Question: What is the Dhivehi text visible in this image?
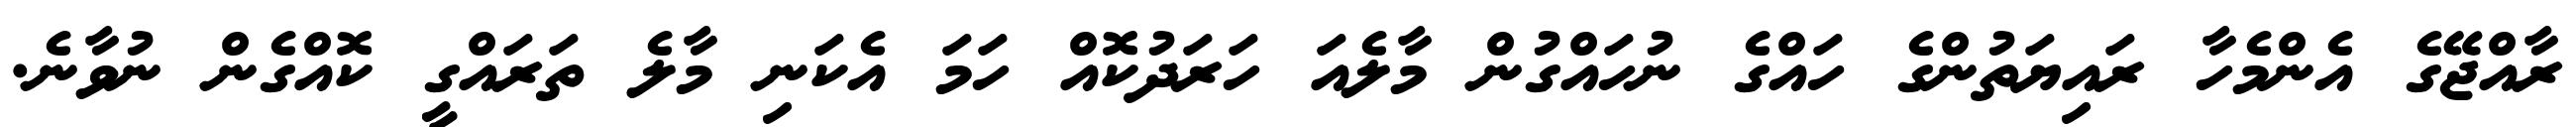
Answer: ރާއްޖޭގެ އެންމެހާ ރައިޔަތުންގެ ހައްގެ ނުހައްގުން މާލެއަ ހަރަދުކޮއް ހަމަ އެކަނި މާލެ ތަރައްގީ ކޮއްގެން ނުވާނެ.